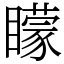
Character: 矇